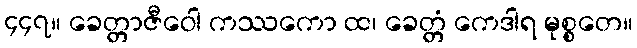
၄၄၇။ ခေတ္တာဇီဝေါ ကဿကော ထ၊ ခေတ္တံ ကေဒါရ မုစ္စတေ။